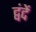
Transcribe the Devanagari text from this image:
द्वंदें